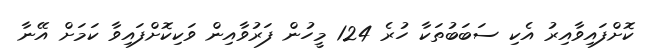
ކޮށްފައިވާއިރު އެކި ސަބަބުތަކާ ހުރެ 124 މީހުން ފަރުވާއިން ވަކިކޮށްފައިވާ ކަމަށް އޭނާ